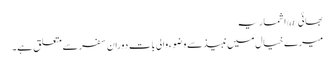
بھائی @اشماریہ
میرے خیال میں نبیذ سے وضوء والی بات دوران سفر سے متعلق ہے۔